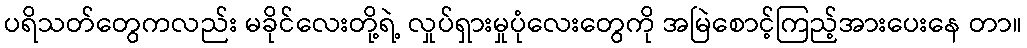
ပရိသတ်တွေကလည်း မခိုင်လေးတို့ရဲ့ လှုပ်ရှားမှုပုံလေးတွေကို အမြဲစောင့်ကြည့်အားပေးနေ တာ။